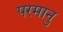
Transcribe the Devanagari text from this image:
परमानु